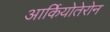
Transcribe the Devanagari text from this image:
आर्कियोतेरोन